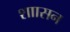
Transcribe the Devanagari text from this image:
शाासन